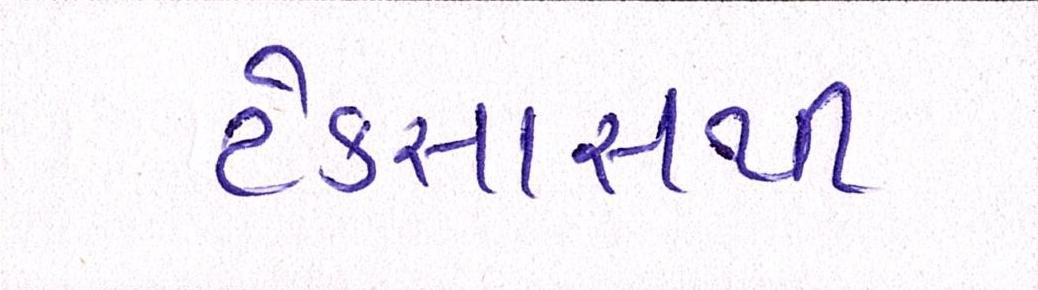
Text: ટેક્સાસથી